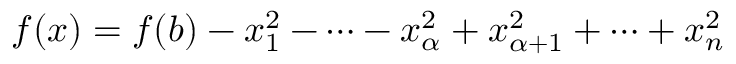
f ( x ) = f ( b ) - x _ { 1 } ^ { 2 } - \cdots - x _ { \alpha } ^ { 2 } + x _ { \alpha + 1 } ^ { 2 } + \cdots + x _ { n } ^ { 2 }